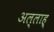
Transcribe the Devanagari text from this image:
अल्लाह्